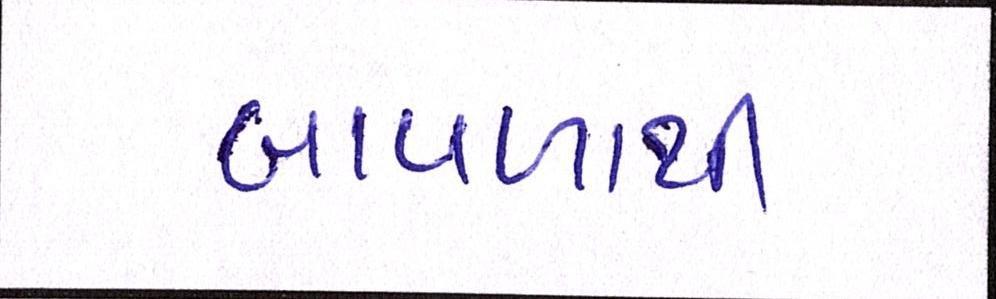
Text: બાવળાથી